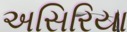
અસિરિયા